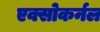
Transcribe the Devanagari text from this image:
एक्सोकर्नल